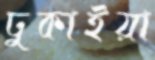
ঢুকাইয়া